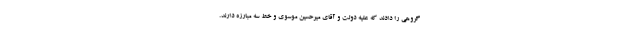
گروهی را دادند كه علیه دولت و آقاى میرحسین موسوى و خط سه مبارزه دارند.